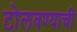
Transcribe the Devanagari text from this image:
टोलवण्याची